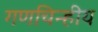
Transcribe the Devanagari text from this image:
गणचिन्हीय